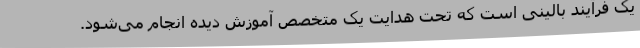
یک فرآیند بالینی است که تحت هدایت یک متخصص آموزش دیده انجام می‌شود.